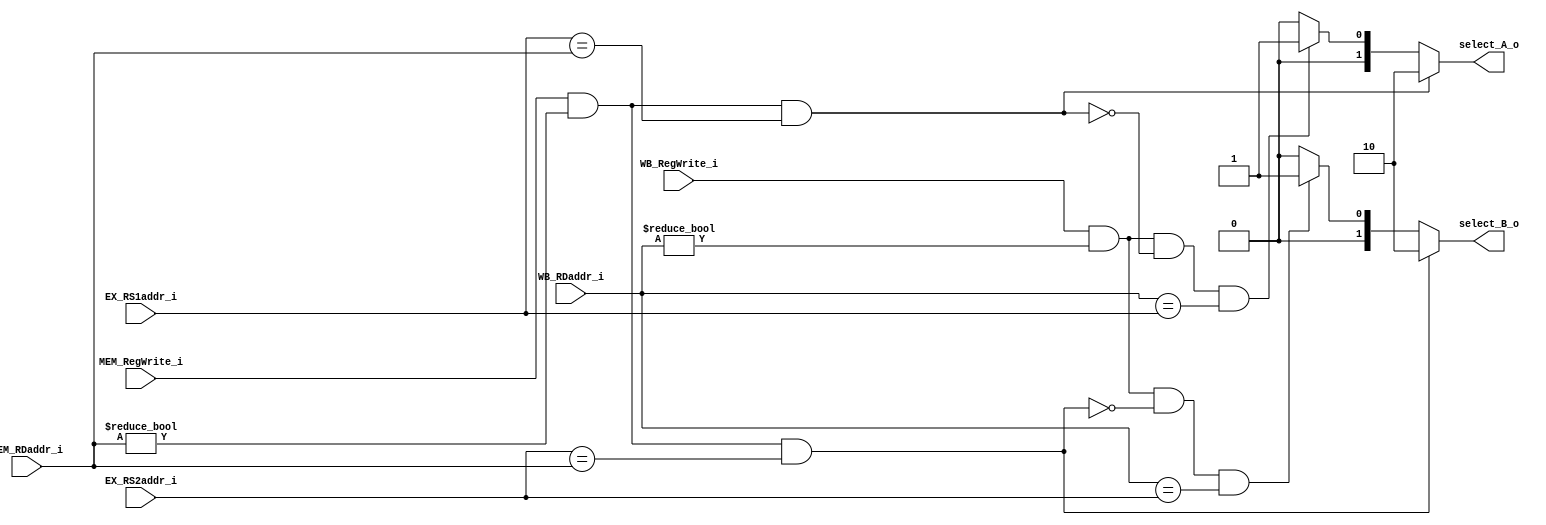
module Forwarding_Unit
(
    input      [4:0] EX_RS1addr_i,
    input      [4:0] EX_RS2addr_i,
    input      [4:0] MEM_RDaddr_i,
    input            MEM_RegWrite_i,
    input      [4:0] WB_RDaddr_i,
    input            WB_RegWrite_i,
    output reg [1:0] select_A_o,
    output reg [1:0] select_B_o
);

initial 
begin
    select_A_o = 2'b00;
    select_B_o = 2'b00;
end

always @(*) 
begin
    if (MEM_RegWrite_i && MEM_RDaddr_i != 0 && (EX_RS1addr_i == MEM_RDaddr_i)) 
    begin
        select_A_o = 2'b10;  
    end
    else if (WB_RegWrite_i &&  WB_RDaddr_i != 0 && !(MEM_RegWrite_i && MEM_RDaddr_i != 0 && EX_RS1addr_i == MEM_RDaddr_i) && WB_RDaddr_i == EX_RS1addr_i) 
    begin
        select_A_o = 2'b01;
    end
    else 
    begin
        select_A_o = 2'b00;
    end

    if (MEM_RegWrite_i && MEM_RDaddr_i != 0 && (EX_RS2addr_i == MEM_RDaddr_i)) 
    begin
        select_B_o = 2'b10;  
    end
    else if (WB_RegWrite_i && WB_RDaddr_i != 0 && !(MEM_RegWrite_i && MEM_RDaddr_i != 0 && EX_RS2addr_i == MEM_RDaddr_i) && WB_RDaddr_i == EX_RS2addr_i) 
    begin
        select_B_o = 2'b01;
    end
    else 
    begin
        select_B_o = 2'b00;
    end
end
endmodule